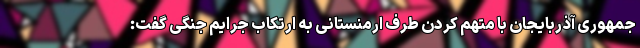
جمهوری آذربایجان با متهم کردن طرف ارمنستانی به ارتکاب جرایم جنگی گفت: